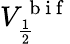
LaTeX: V_{\frac{1}{2}}^{\mathrm{~b~i~f~}}